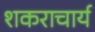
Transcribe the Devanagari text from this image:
शकराचार्य